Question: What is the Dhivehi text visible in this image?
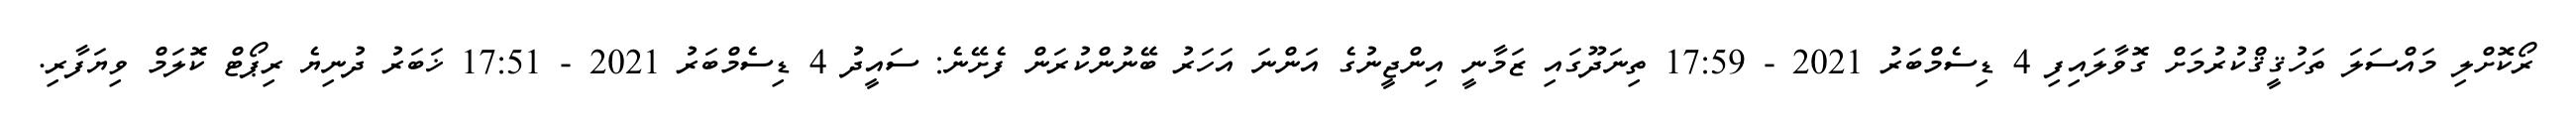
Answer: ރޯކޮށްލި މައްސަލަ ތަހުޤީޤްކުރުމަށް ގޮވާލައިފި 4 ޑިސެމްބަރު 2021 - 17:59 ތިނަދޫގައި ޒަމާނީ އިންޖީނުގެ އަންނަ އަހަރު ބޭނުންކުރަން ފެށޭނެ: ސައީދު 4 ޑިސެމްބަރު 2021 - 17:51 ޚަބަރު ދުނިޔެ ރިޕޯޓް ކޮލަމް ވިޔަފާރި.